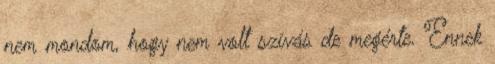
nem mondom, hogy nem volt szívás de megérte. Ennek